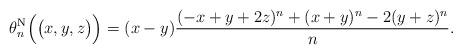
LaTeX: \begin{align*}\theta^{\rm N}_n\Big(\big(x, y, z\big)\Big) &=(x-y) \frac{ (-x+y+2z)^n +( x+y)^n- 2( y+z)^n }{n}.\end{align*}